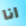
انا